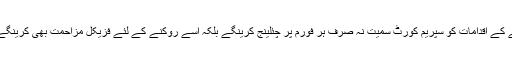
جب کہ سندھ کی گیس کو صوبے سے باہر لے جانے کے اقدامات کو سپریم کورٹ سمیت نہ صرف ہر فورم پر چئلینج کرینگے بلکہ اسے روکنے کے لئے فزیکل مزاحمت بھی کرینگے جس کے تحت عوام کے ذریعے دباؤ ڈالا جائے گا۔